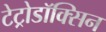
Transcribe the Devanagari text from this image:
टेट्रोडॉक्सिन